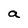
Character: a